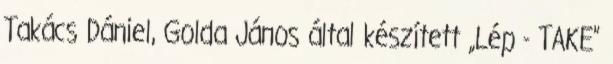
Takács Dániel, Golda János által készített „Lép - TAKE”